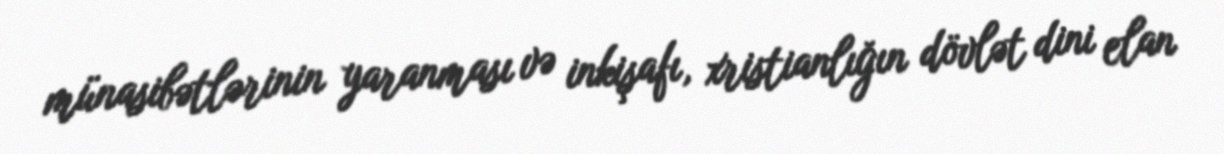
münasibətlərinin yaranması və inkişafı, xristianlığın dövlət dini elan